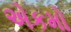
એકમો